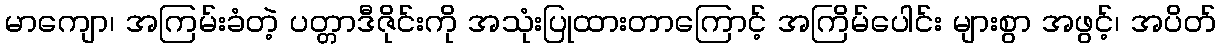
မာကျော၊ အကြမ်းခံတဲ့ ပတ္တာဒီဇိုင်းကို အသုံးပြုထားတာကြောင့် အကြိမ်ပေါင်း များစွာ အဖွင့်၊ အပိတ်